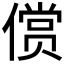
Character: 𱏐